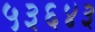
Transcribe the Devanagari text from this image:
५३६४३